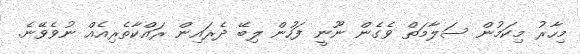
މިހާރު މިކަމުން ސަލާމަތް ވެގެން ނޫނީ ފަހުން ލިބޭ ދެރައިން ރައްކާތެރިއެއް ނުވެވޭނެ.